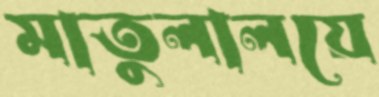
মাতুলালয়ে